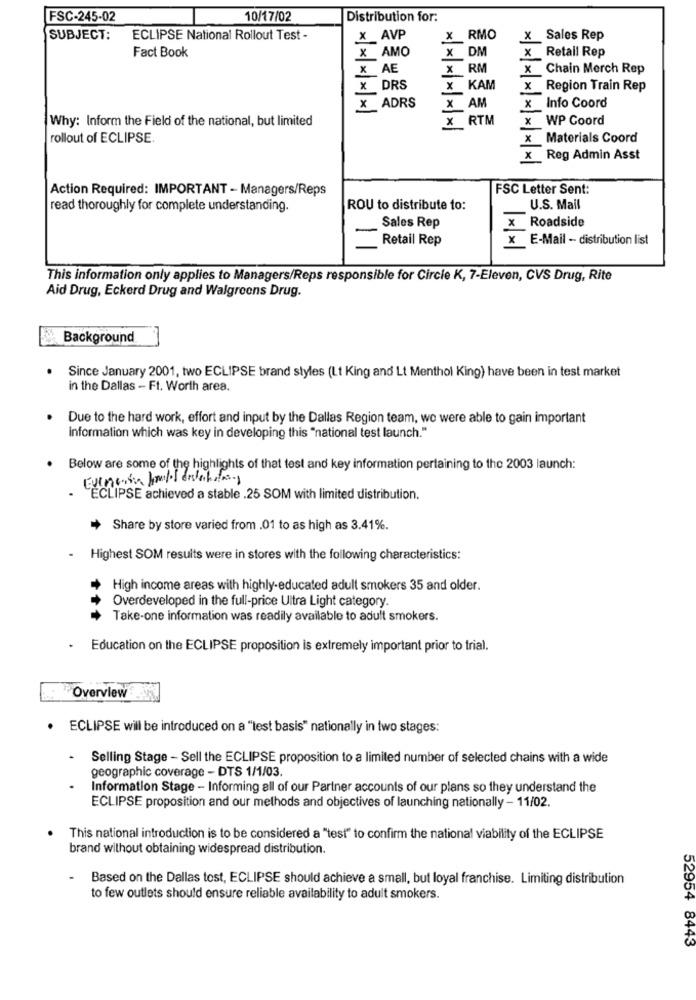
FSC-245-02
10/17/02
Distribution for:
SUBJECT:
ECLIPSE National Rollout Test -
x AVP
x RMO
X Sales Rep
Fact Book
x AMO
x Retall Rep
X AE
x RM
x Chain Merch Rep
x DRS
x KAM
x Region Train Rep
x_ADRS
X AM
x Info Coord
Why: Inform the Field of the national, but limited
X RTM
x WP Coord
rollout of ECLIPSE.
x Materials Coord
x Reg Admin Asst
Action Required: IMPORTANT - Managers/Reps
FSC Letter Sent:
read thoroughly for complete understanding.
ROU to distribute to:
U.S. Mail
Sales Rep
x Roadside
Retail Rep
x E-Mail - distribution list
This information only applies to Managers/Reps responsible for Circle K, 7-Eleven, CVS Drug, Rite
Aid Drug, Eckerd Drug and Walgreens Drug.
Background
Since January 2001, two ECLIPSE brand styles (Lt King and Lt Menthol King) have been in test market
in the Dallas - Ft. Worth area.
Due to the hard work, effort and input by the Dallas Region team, we were able to gain important
Information which was key in developing this "national test launch."
. Below are some of the highlights of that test and key information pertaining to the 2003 launch:
ECLIPSE achieved a stable .25 SOM with limited distribution.
Share by store varied from .01 to as high as 3.41%.
Highest SOM results were in stores with the following characteristics:
High income areas with highly-educated adult smokers 35 and older.
Overdeveloped in the full-price Ultra Light category.
Take-one information was readily available to adult smokers.
Education on the ECLIPSE proposition is extremely important prior to trial.
Overview
· ECLIPSE will be introduced on a "test basis" nationally in two stages:
- Selling Stage - Sell the ECLIPSE proposition to a limited number of selected chains with a wide
geographic coverage - DTS 1/1/03.
Information Stage - Informing all of our Partner accounts of our plans so they understand the
ECLIPSE proposition and our methods and objectives of launching nationally - 11/02.
This national introduction is to be considered a "test" to confirm the national viability of the ECLIPSE
brand without obtaining widespread distribution.
Based on the Dallas tost, ECLIPSE should achieve a small, but loyal franchise. Limiting distribution
to few outlets should ensure reliable availability to adult smokers.
52954 8443